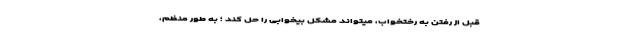
قبل از رفتن به رختخواب، میتواند مشکل بیخوابی را حل کند ؛ به طور منظم،